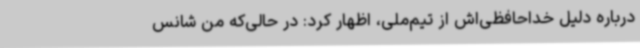
درباره دلیل خداحافظی‌اش از تیم‌ملی، اظهار کرد: در حالی‌که من شانس